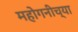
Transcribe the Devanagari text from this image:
महोगनीच्या